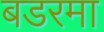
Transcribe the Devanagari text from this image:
बडरमा